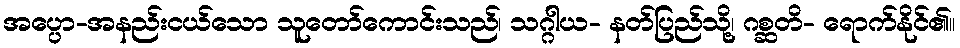
အပ္ပော-အနည်းငယ်သော သူတော်ကောင်းသည်၊ သဂ္ဂါယ- နတ်ပြည်သို့၊ ဂစ္ဆတိ- ရောက်နိုင်၏။